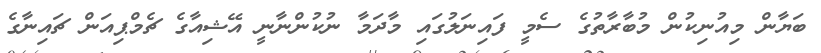
ބަޔާން މިއުނިކުން މުބާރާތުގެ ސެމީ ފައިނަލުގައި މާދަމާ ނުކުންނާނީ އޭޝިއާގެ ޗެމްޕިއަން ޗައިނާގެ